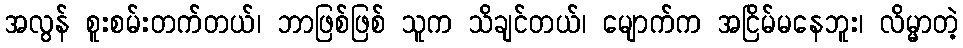
အလွန် စူးစမ်းတက်တယ်၊ ဘာဖြစ်ဖြစ် သူက သိချင်တယ်၊ မျောက်က အငြိမ်မနေဘူး၊ လိမ္မာတဲ့